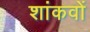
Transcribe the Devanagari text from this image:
शांकवों